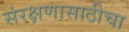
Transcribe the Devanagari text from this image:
संरक्षणासाठीचा